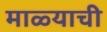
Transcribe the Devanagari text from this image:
माळ्याची